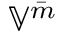
{ \mathbb { V } } ^ { \bar { m } }